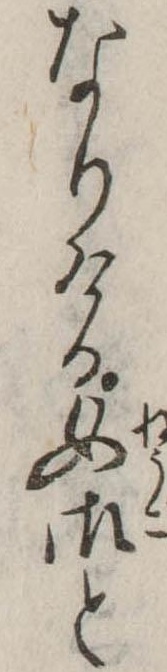
なりける女御と